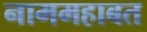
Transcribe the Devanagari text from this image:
नाममहाबत